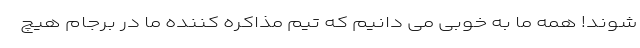
شوند! همه ما به خوبی می دانیم که تیم مذاکره کننده ما در برجام هیچ